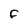
Character: f